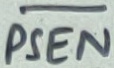
Text: PSEN